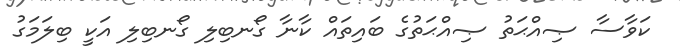
ކަވާސާ ޞިއްޙަތު ޞިއްޙަތުގެ ބައިތައް ކާނާ ގޯނބިލި ގޯނބިލި އަކީ ބިލަމަގު